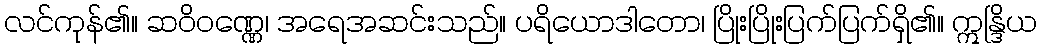
လင်ကုန်၏။ ဆဝိဝဏ္ဏေ၊ အရေအဆင်းသည်။ ပရိယောဒါတော၊ ပြိုးပြိုးပြက်ပြက်ရှိ၏။ ဣန္ဒြိယ